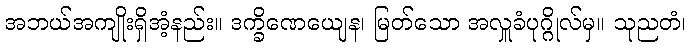
အဘယ်အကျိုးရှိအံ့နည်း။ ဒက္ခိဏေယျေန၊ မြတ်သော အလှူခံပုဂ္ဂိုလ်မှ။ သုညတံ၊